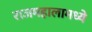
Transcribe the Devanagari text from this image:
राजमहालामध्ये